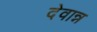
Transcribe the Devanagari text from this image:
देवान्न